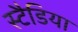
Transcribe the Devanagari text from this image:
स्टैडिया